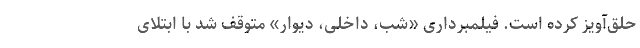
حلق‌آویز کرده است. فیلمبرداری «شب، داخلی، دیوار» متوقف شد با ابتلای